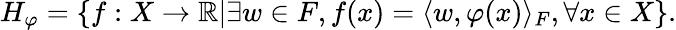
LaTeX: H_{\varphi}=\{ f:X\to\mathbb{R}|\exists w\in F,f(x)=\langle w,\varphi(x)\rangle_{F},\forall{\mathrm{}}x\in X\} .